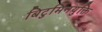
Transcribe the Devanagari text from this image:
बिटुमिनयुक्ति